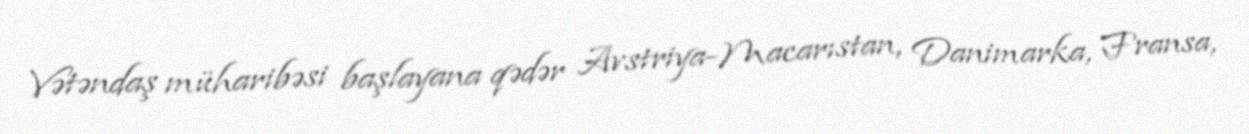
Vətəndaş müharibəsi başlayana qədər Avstriya-Macarıstan, Danimarka, Fransa,